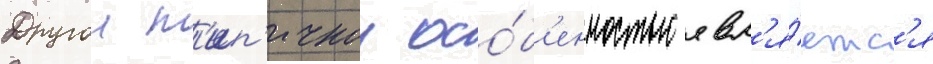
Другои т'ип'ичнои осо́б'енностью явл'я́етс'я